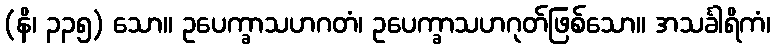
(နိ၊ ၃၃၅) သော။ ဥပေက္ခာသဟဂတံ၊ ဥပေက္ခာသဟဂုတ်ဖြစ်သော။ အသင်္ခါရိကံ၊